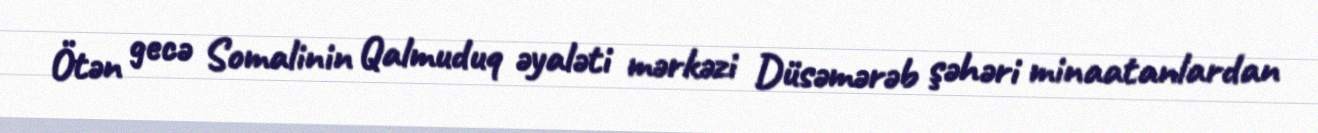
Ötən gecə Somalinin Qalmuduq əyaləti mərkəzi Düsəmərəb şəhəri minaatanlardan